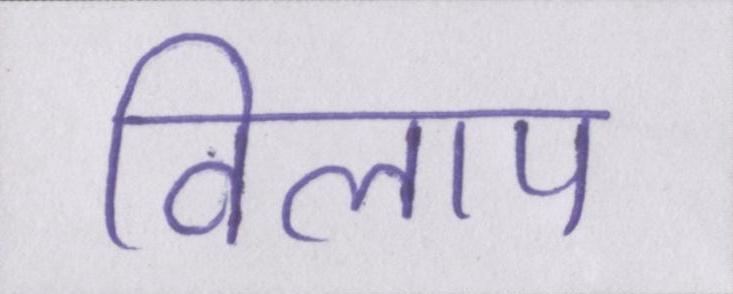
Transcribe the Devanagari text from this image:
विलाप